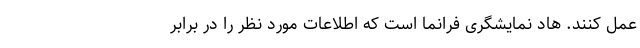
عمل کنند. هاد نمایشگری فرانما است که اطلاعات مورد نظر را در برابر